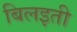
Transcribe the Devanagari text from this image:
बिलइती